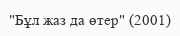
"Бұл жаз да өтер" (2001)